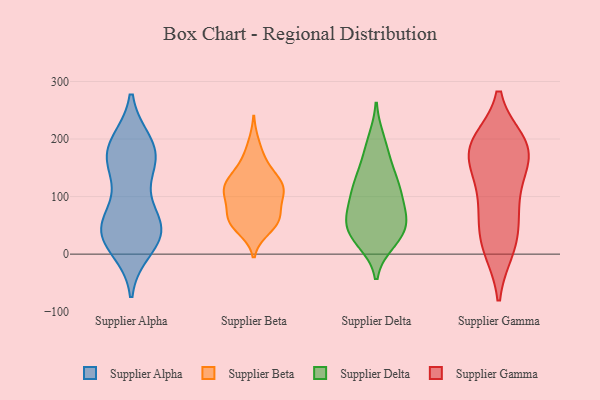
{"axis": {"x": "LTV (USD)", "y": "Value"}, "legend": ["Supplier Alpha", "Supplier Beta", "Supplier Delta", "Supplier Gamma"], "data": [{"x": "", "y": 61, "type": "Supplier Alpha"}, {"x": "", "y": 192, "type": "Supplier Alpha"}, {"x": "", "y": 119, "type": "Supplier Alpha"}, {"x": "", "y": 38, "type": "Supplier Alpha"}, {"x": "", "y": 53, "type": "Supplier Alpha"}, {"x": "", "y": 46, "type": "Supplier Alpha"}, {"x": "", "y": 173, "type": "Supplier Alpha"}, {"x": "", "y": 190, "type": "Supplier Alpha"}, {"x": "", "y": 32, "type": "Supplier Alpha"}, {"x": "", "y": 30, "type": "Supplier Alpha"}, {"x": "", "y": 162, "type": "Supplier Alpha"}, {"x": "", "y": 11, "type": "Supplier Alpha"}, {"x": "", "y": 42, "type": "Supplier Alpha"}, {"x": "", "y": 169, "type": "Supplier Alpha"}, {"x": "", "y": 171, "type": "Supplier Alpha"}, {"x": "", "y": 115, "type": "Supplier Beta"}, {"x": "", "y": 191, "type": "Supplier Beta"}, {"x": "", "y": 107, "type": "Supplier Beta"}, {"x": "", "y": 103, "type": "Supplier Beta"}, {"x": "", "y": 117, "type": "Supplier Beta"}, {"x": "", "y": 122, "type": "Supplier Beta"}, {"x": "", "y": 162, "type": "Supplier Beta"}, {"x": "", "y": 78, "type": "Supplier Beta"}, {"x": "", "y": 102, "type": "Supplier Beta"}, {"x": "", "y": 60, "type": "Supplier Beta"}, {"x": "", "y": 117, "type": "Supplier Beta"}, {"x": "", "y": 150, "type": "Supplier Beta"}, {"x": "", "y": 60, "type": "Supplier Beta"}, {"x": "", "y": 55, "type": "Supplier Beta"}, {"x": "", "y": 133, "type": "Supplier Beta"}, {"x": "", "y": 44, "type": "Supplier Beta"}, {"x": "", "y": 61, "type": "Supplier Beta"}, {"x": "", "y": 55, "type": "Supplier Beta"}, {"x": "", "y": 42, "type": "Supplier Delta"}, {"x": "", "y": 45, "type": "Supplier Delta"}, {"x": "", "y": 84, "type": "Supplier Delta"}, {"x": "", "y": 54, "type": "Supplier Delta"}, {"x": "", "y": 29, "type": "Supplier Delta"}, {"x": "", "y": 134, "type": "Supplier Delta"}, {"x": "", "y": 182, "type": "Supplier Delta"}, {"x": "", "y": 23, "type": "Supplier Delta"}, {"x": "", "y": 35, "type": "Supplier Delta"}, {"x": "", "y": 67, "type": "Supplier Delta"}, {"x": "", "y": 75, "type": "Supplier Delta"}, {"x": "", "y": 148, "type": "Supplier Delta"}, {"x": "", "y": 197, "type": "Supplier Delta"}, {"x": "", "y": 112, "type": "Supplier Delta"}, {"x": "", "y": 110, "type": "Supplier Delta"}, {"x": "", "y": 116, "type": "Supplier Delta"}, {"x": "", "y": 72, "type": "Supplier Gamma"}, {"x": "", "y": 181, "type": "Supplier Gamma"}, {"x": "", "y": 134, "type": "Supplier Gamma"}, {"x": "", "y": 180, "type": "Supplier Gamma"}, {"x": "", "y": 178, "type": "Supplier Gamma"}, {"x": "", "y": 192, "type": "Supplier Gamma"}, {"x": "", "y": 10, "type": "Supplier Gamma"}, {"x": "", "y": 29, "type": "Supplier Gamma"}, {"x": "", "y": 182, "type": "Supplier Gamma"}, {"x": "", "y": 12, "type": "Supplier Gamma"}, {"x": "", "y": 73, "type": "Supplier Gamma"}, {"x": "", "y": 113, "type": "Supplier Gamma"}, {"x": "", "y": 187, "type": "Supplier Gamma"}]}